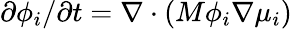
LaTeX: {\partial\phi_{i}/\partial t=\nabla\cdot(M\phi_{i}\nabla\mu_{i})}